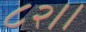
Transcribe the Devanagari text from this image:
८२।।